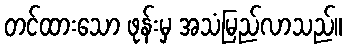
တင်ထားသော ဖုန်းမှ အသံမြည်လာသည်။